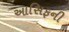
આસિફની